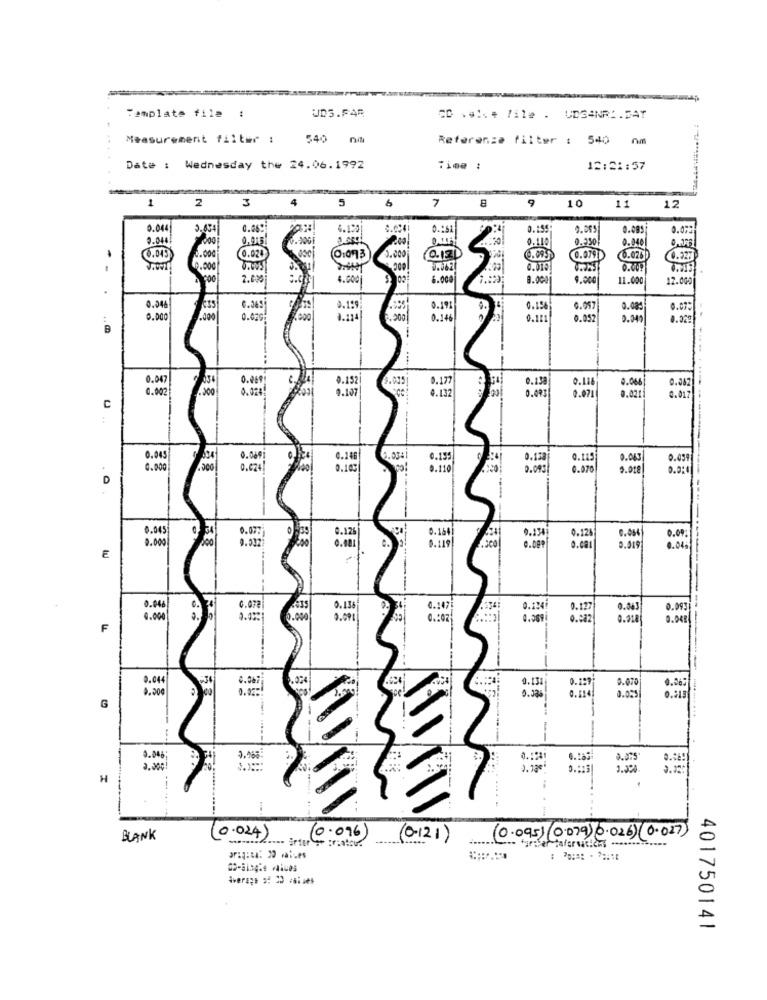
-
UDS.FAR
Template file :
20 .*. * /ile . UDG4NR :. DAT
Measurement filter :
540 nm
Referenza filter : 540
Date : Wednesday the 24.06.1992
Time :
12:21:57
1
2
4
5
9
10
11
12
3
7
0.044
3.434
4.120
0.155
0.085
0.072
0.040
our
0.110
0.250;
0.040
1.043
.000
0.020
3.000
@13
6.095
6.026
0.327
8.005
0.010
0.00
2.670
4.000
6.000
8.000
11.000
12.000
0.34
0.154
G.057
0.085
0.07:
0.000
.000
0.020
.000
.200
0.346
0.111
0.057
9.04
0.97%
B
0.047
0.152
3.015
0.177
0.116
0.066
0.002
9.107
4.132
0.082
0.071
0.021
8.017
C
0.04
0.009
0.146
0.120
3.063
0.059
0.00
0.624
0.110
0.093
0.070
9. 018
0.2:4
. O.
-
-
0.04
0.077
0.164
0.00
F 8
0.53
0.126
9.134
0.12
0.05€
.401
0.119
0.ca1
0.019
.04.
E
0.04
c.078
0.124
0.127
0.543
0.093
4.000
0.025
0.282
0.91
0. 04
F
i
----
0.138
0.129
0.05
0.070
0,06:
0.336
0.124
G
-..
0.04;
3.968
2.975
2.000!
H
BLANK
(0.024)
(0.096)
(0-121)
(0.095) (0.079) 0.026) (0.027)
Average 3: 23 values
401750141